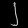
Digit: ၂